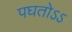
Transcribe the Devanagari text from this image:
पघतोऽऽ